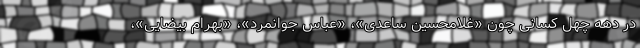
در دهه چهل کسانی چون «غلامحسین ساعدی»، «عباس جوانمرد»، «بهرام بیضایی»،